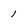
Character: 1